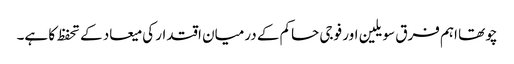
چوتھا اہم فرق سویلین اور فوجی حاکم کے درمیان اقتدار کی میعاد کے تحفظ کا ہے۔